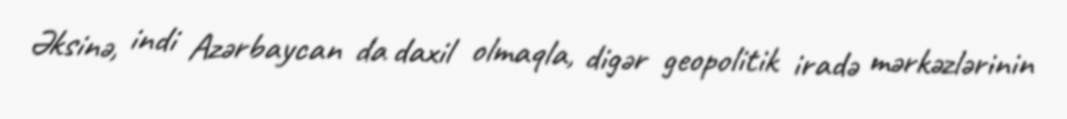
Əksinə, indi Azərbaycan da daxil olmaqla, digər geopolitik iradə mərkəzlərinin